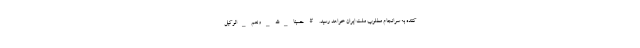
کننده به سرانجام مطلوب ملت ایران خواهد رسید. #حسبنا_الله_ونعم_الوکیل